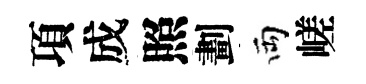
項成照劃両嵯